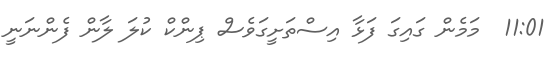
11:01  މަމެން ގައިގަ ފަޅާ އިސްތަށީގަވެސް ޕިންކް ކުލަ ލާން ފެންނަނީ